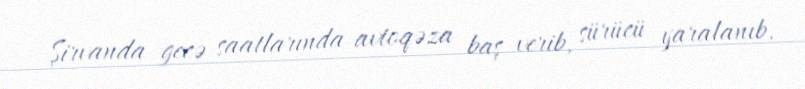
Şirvanda gecə saatlarında avtoqəza baş verib, sürücü yaralanıb.